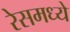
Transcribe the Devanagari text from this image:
रेसमध्ये